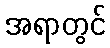
အရာတွင်